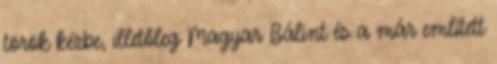
török kézbe, illetőleg Magyar Bálint és a már említett